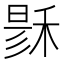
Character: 𥟟